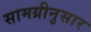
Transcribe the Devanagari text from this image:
सामग्रीनुसार